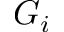
G _ { i }